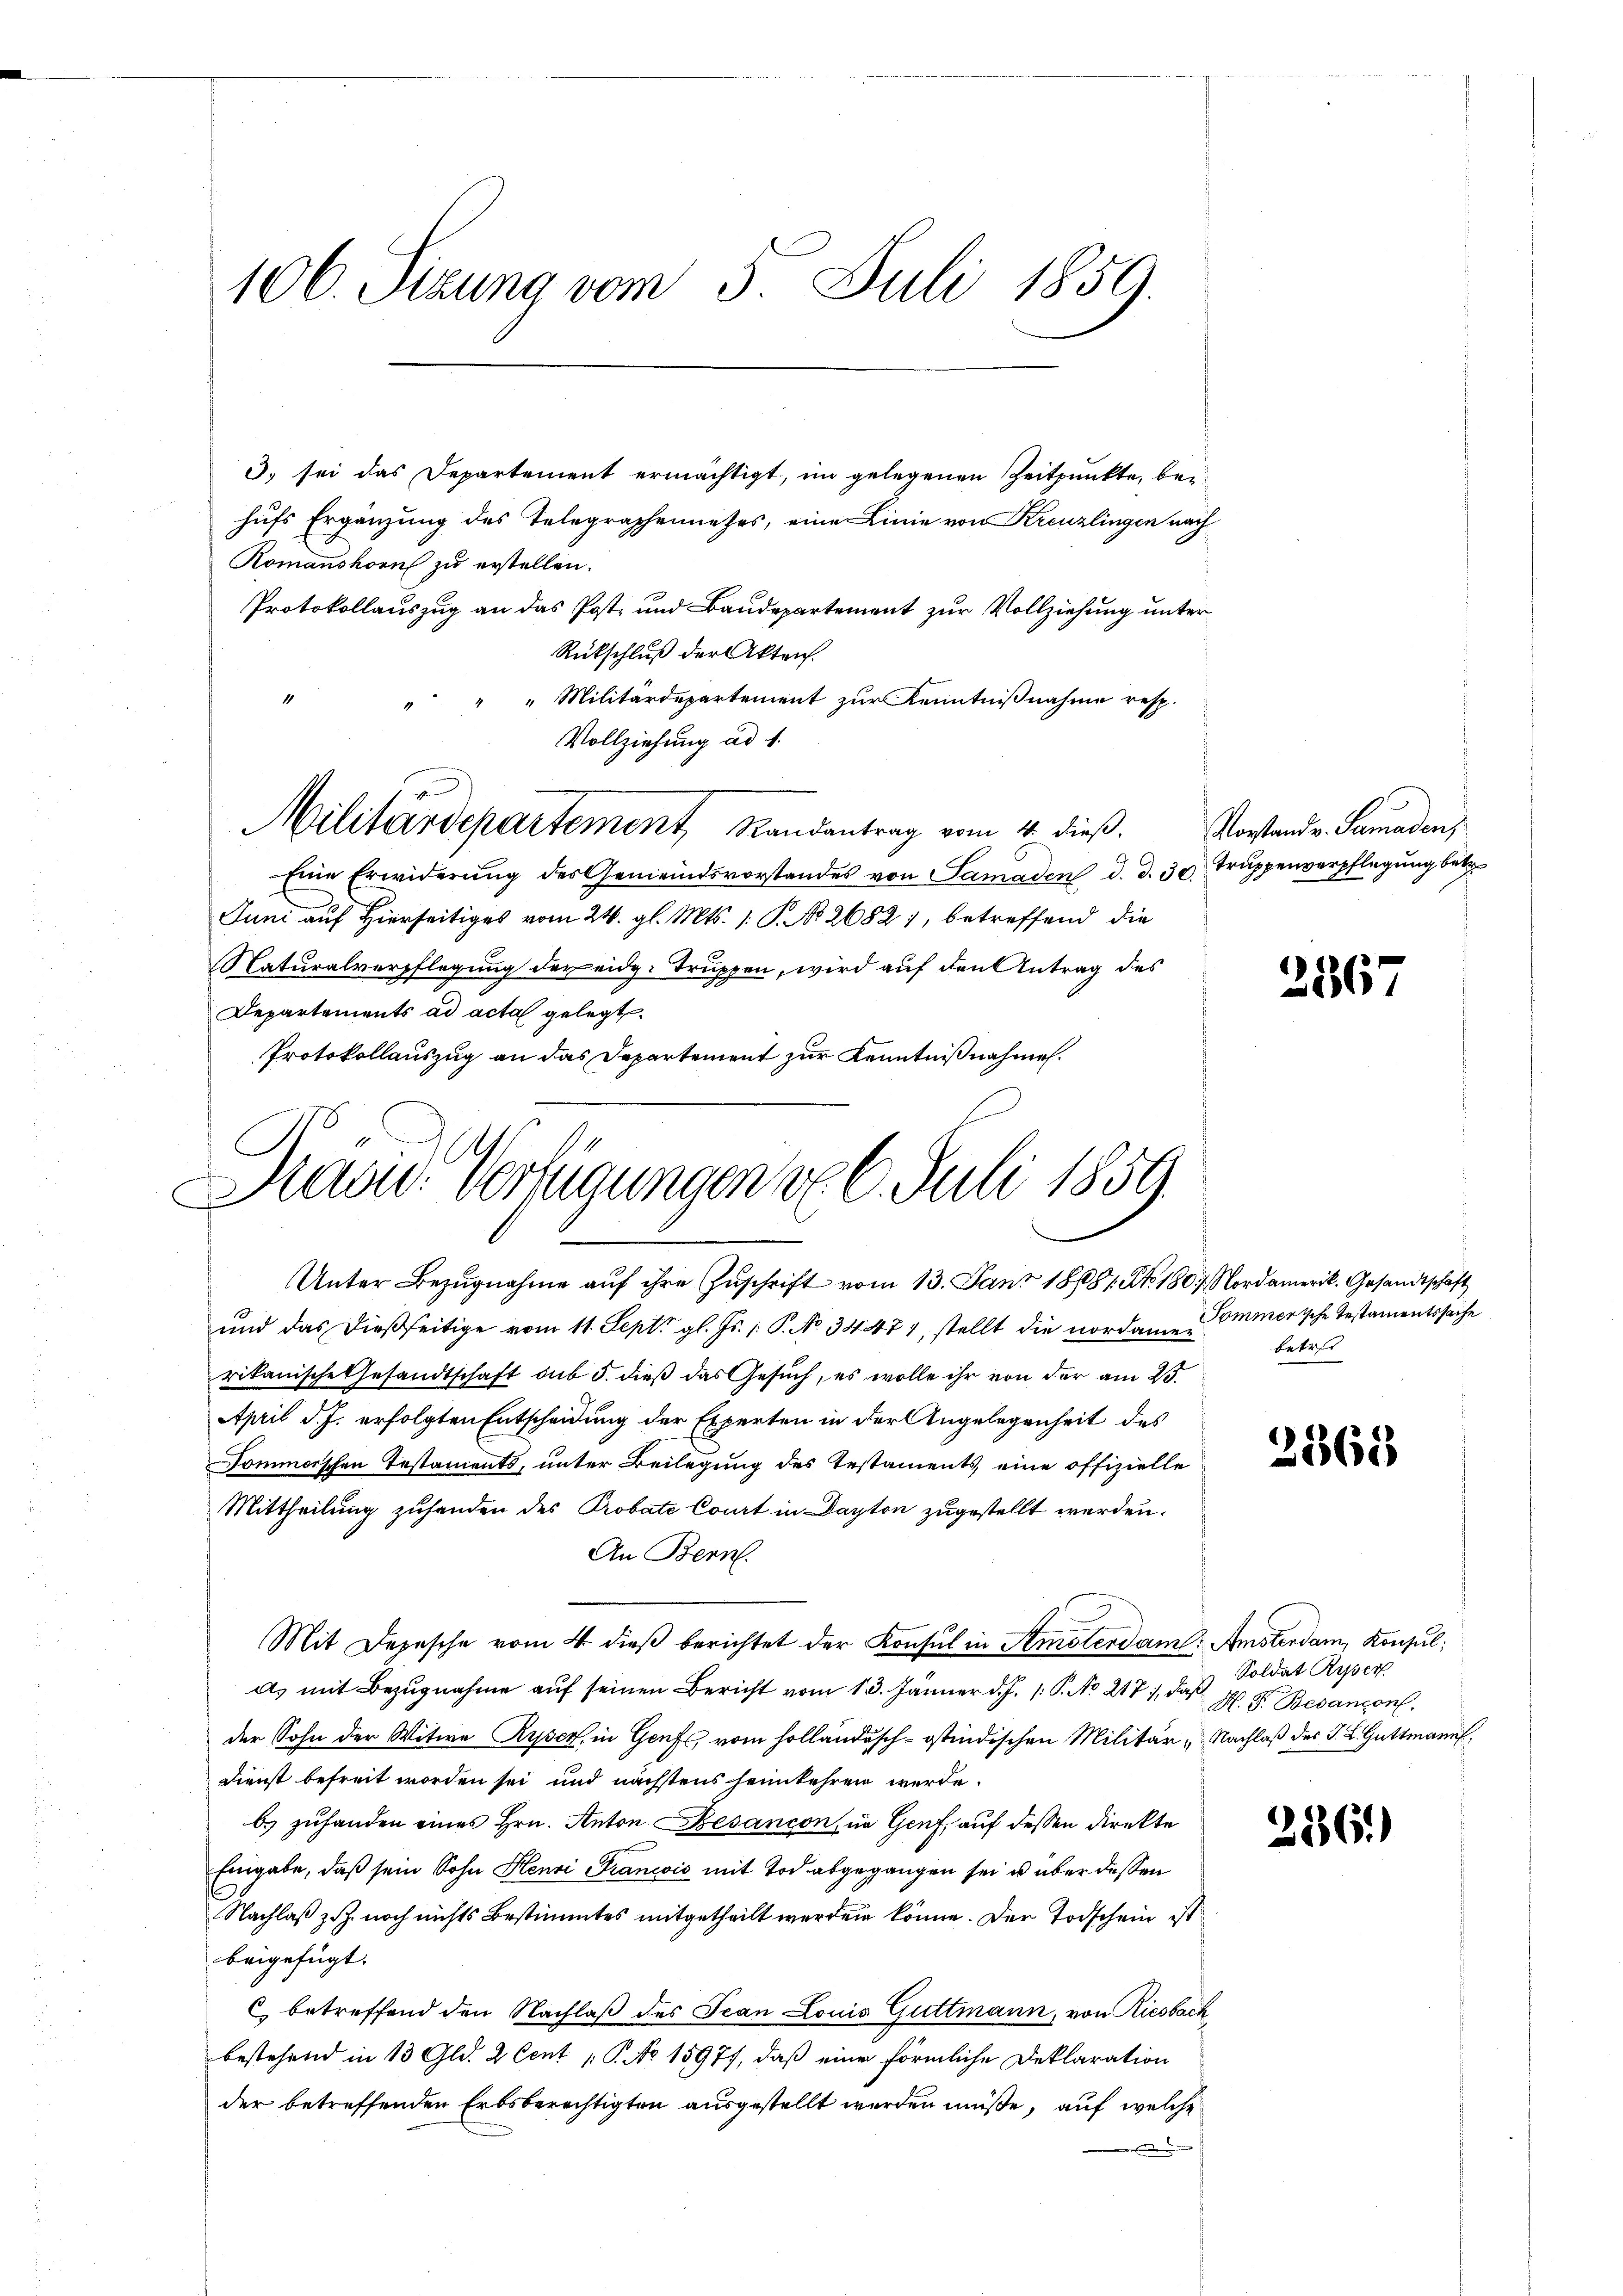
106. Sizung vom 3. Juli 1859.

3) sei das Departement ermächtigt, im gelegenen Zeitpunkte, bei
hufs Ergänzung des Telegraphennehrs, eine Linie von Kreuzlingen nach
Romanshorn zu erstellen.
Protokollauszug an das Post- und Baudepartement zur Vollziehung unter
Rückschluß der Akten.
"Militärdepartement zur Kenntnißnahme resp.
Vollziehung ad 1.
Militärdepartement, Randantrag vom 4. dieß.
Eine Erwiderŭng des Gemeindsvorstandes von Samaden d. d. 30. Truppenverpflegung betr.
Juni auf Hierseitiges vom 24. gl. Mts. 1. P. No. 2682), betreffend die
Naturalverpflegung der eidg. Truppen, wird auf den Antrag des
Departements ad acta gelegt.
Protokollauszug an das Departement zur Kenntnißnahme.
Unter Bezŭgnahme aŭf ihre Zuschrift vom 13. Janz 18681. No. 180. Nordamerik. Gesandtschaft
und das dießseitige vom 11. Sept. gl. Js. 1. P. No 347, stellt die nordamer
rikanische Gesandtschaft sub 5. dieß das Gesŭch, es wolle ihr von der am 25.
April d. J. erfolgten Entscheidung der Experten in der Angelegenheit des
Sommerschen Testaments, unter Beilegung des Testaments eine offizielle
Mittheilung zuhanden des Probate Court in Dayton zugestellt werden.
An Bern.
Mit Depesche vom 4. dieβ berichtet der Konsul in Amsterdame. Amsterdam, Konsul
a) mit Bezugnahme auf seinen Bericht vom 13. Jänner d. J. /: P. No 217), daß
der Sohn der Witwe Ryser, in Genf, vom holländisch-Ostindischen Militär Nachlaß des J. L. Guttmann,
Dienst befreit worden sei und nächstens heimkehren werde.
b.) zuhanden eines Hrn. Anton Besançon, in Genf, auf dessen direkte
Eingabe, daß sein Sohn Henri Francois mit Tod abgegangen sei u über dessen
Nachlaß zu noch nichts Bestimmtes mitgetheilt werden könne. Der Todschein ist
beigefügt.
 betreffend den Nachlaß des Jean Louis Guttmann, von Riesbach
bestehend in 13 Gld. 2 Cent P. No 15977, daß eine förmliche Deklaration
der betreffenden Erbsberechtigten ausgestellt werden müße, auf welche

Haad. Verfügungen v. 6. Juli 1859

Vorstand v. Samadens

2367

Sommerische Testamentssache
betref

2568

Soldat Ryser
H. F. Besançonl.

256.)